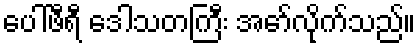
ပေါ်ဖီရီ ဒေါသတကြီး အော်လိုက်သည်။